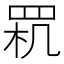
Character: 𦊵